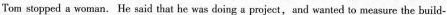
Tom stopped a woman. He said that he was doing a project,and wanted to measure the build-